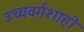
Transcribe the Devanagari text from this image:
उच्चवर्गशाही